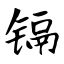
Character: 镉